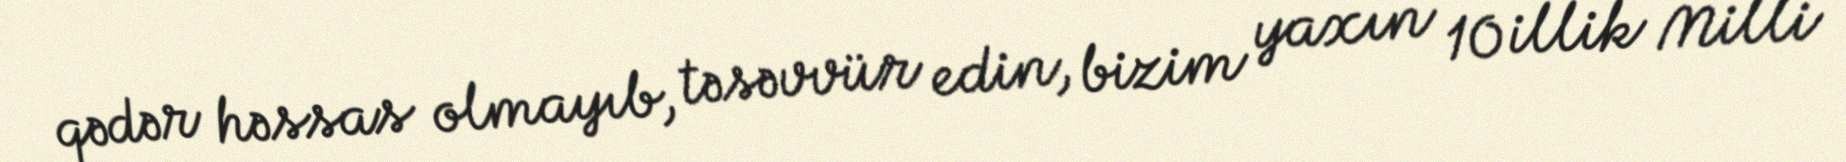
qədər həssas olmayıb, təsəvvür edin, bizim yaxın 10 illik Milli